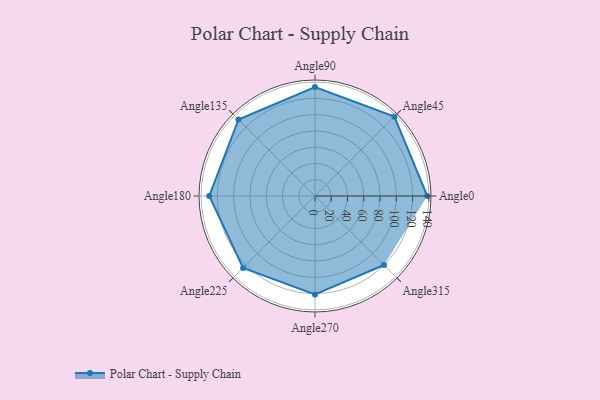
{"axis": {"x": "Angle", "y": "Radius"}, "legend": [""], "data": [{"x": "Angle0", "y": 138.0, "type": ""}, {"x": "Angle45", "y": 138.0, "type": ""}, {"x": "Angle90", "y": 134.0, "type": ""}, {"x": "Angle135", "y": 133.0, "type": ""}, {"x": "Angle180", "y": 130.0, "type": ""}, {"x": "Angle225", "y": 125.0, "type": ""}, {"x": "Angle270", "y": 121.0, "type": ""}, {"x": "Angle315", "y": 120.0, "type": ""}]}